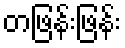
တဖြန်းဖြန်း